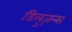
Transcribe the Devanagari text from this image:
डिलुज़न्स